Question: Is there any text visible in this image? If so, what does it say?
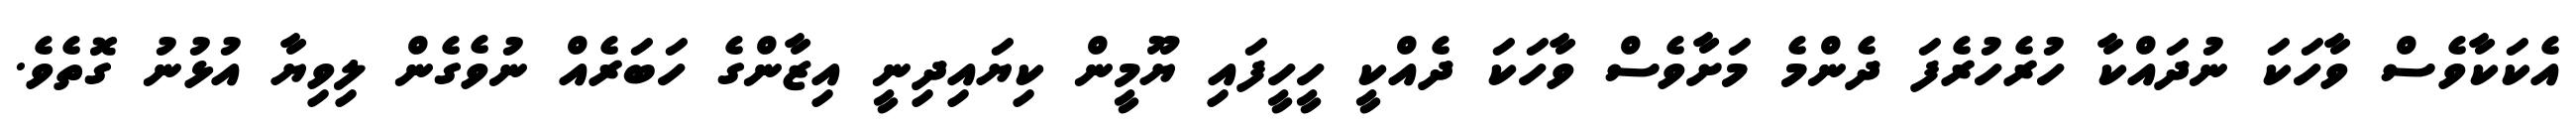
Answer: އެކަކާވެސް ވާހަކަ ނުދައްކާ ހުރެހުރެފަ ދެންމެ މަށާވެސް ވާހަކަ ދެއްކީ ހީހީފައި ޔޫމީން ކިޔައިދިނީ އިޒާންގެ ހަބަރެއް ނުވެގެން ލިވިޔާ އުޅުނު ގޮތެވެ.